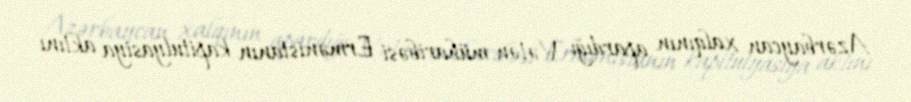
Azərbaycan xalqının apardığı Vətən müharibəsi Ermənistanın kapitulyasiya aktını